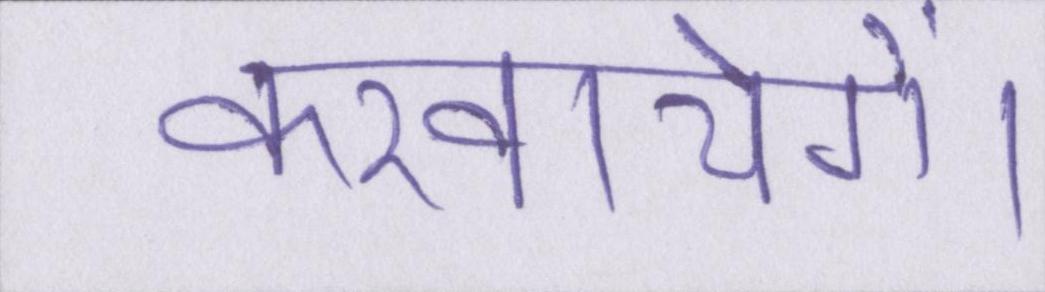
करवायेगें।